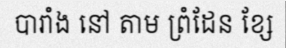
បារាំង នៅ តាម ព្រំដែន ខ្សែ